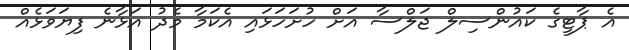
އެ ޕާޓީގެ ކައުންސިލް ޖަލްސާ އަށް ހުށަހަޅައި އެކަމާ މެދު އަޅާނެ ފިޔަވަޅެއް